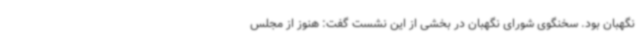
نگهبان بود. سخنگوی شورای نگهبان در بخشی از این نشست گفت: هنوز از مجلس